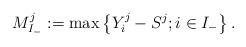
LaTeX: \begin{align*}M^{j}_{I_-}:=\max\left\{Y_{i}^{j}-S^j; i\in I_{-}\right\}.\end{align*}